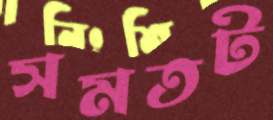
সমতট